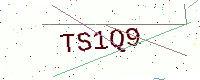
Text: TS1Q9